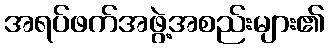
အရပ်ဖက်အဖွဲ့အစည်းများ၏